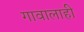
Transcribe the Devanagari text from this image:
गावालाही